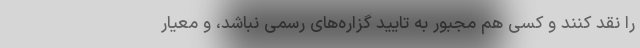
را نقد کنند و کسی هم مجبور به تایید گزاره‌های رسمی نباشد، و معیار